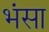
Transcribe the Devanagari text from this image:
भंसा